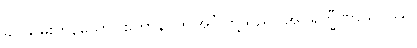
ခပ်သိမ်းကုန်သော။ ဧတာနိ၊ ဤအင်္ဂါတို့သည်။ အပရိက္ခီဏာသဝဿ၊